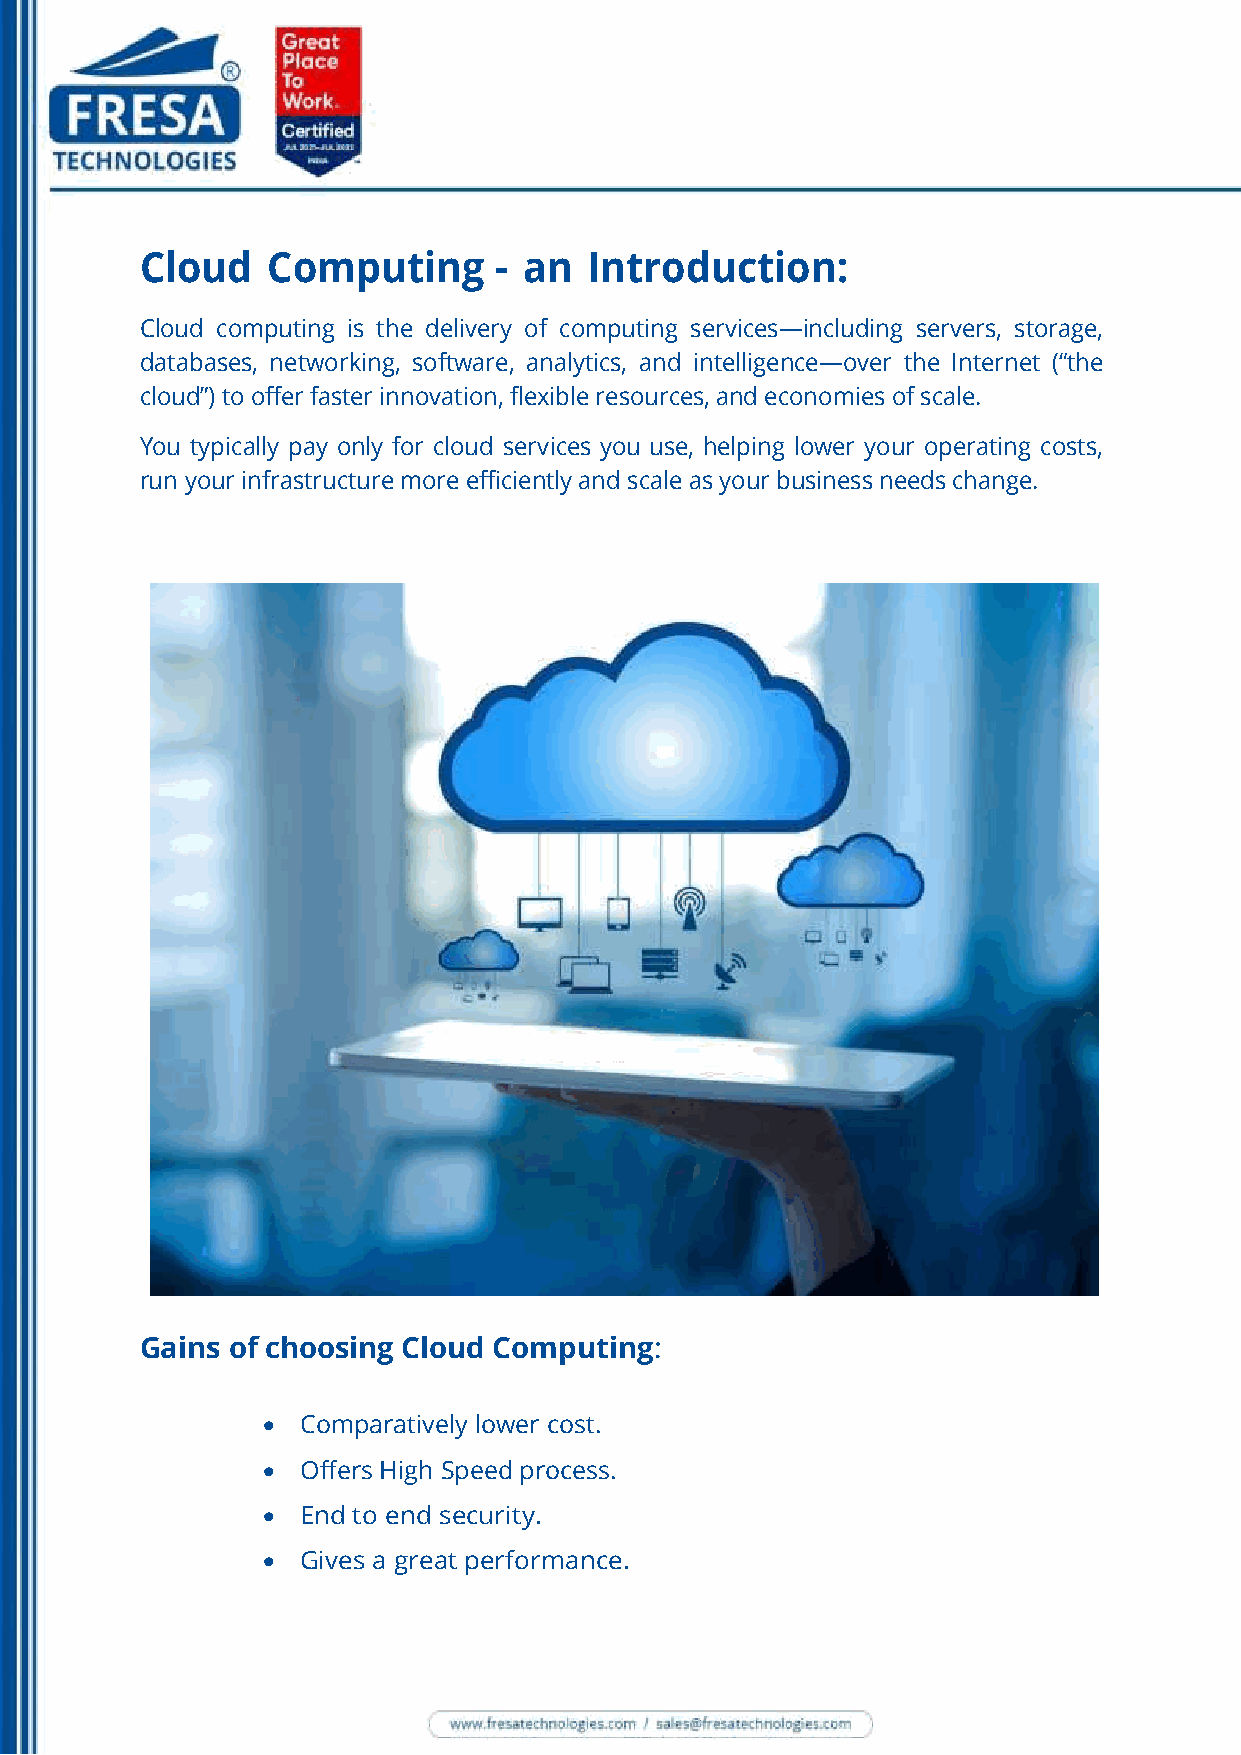
Cloud    Computing      - an  Introduction:
 Cloud computing is the delivery of computing services—including servers, storage,
 databases, networking, software, analytics, and intelligence—over the Internet (“the
 cloud”) to offer faster innovation, flexible resources, and economies of scale.
 You typically pay only for cloud services you use, helping lower your operating costs,
 run your infrastructure more efficiently and scale as your business needs change.
 Gains of choosing Cloud Computing:
   Comparatively lower cost.
   Offers High Speed process.
   End to end security.
   Gives a great performance.